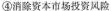
④消除资本市场投资风险